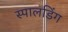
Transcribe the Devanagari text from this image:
स्पालडिंग